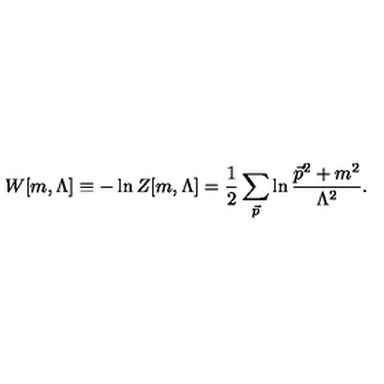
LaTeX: W [ m , \Lambda ] \equiv - \ln Z [ m , \Lambda ] = { \frac { 1 } { 2 } } \sum _ { { \vec { p } } } \ln { \frac { { { \vec { p } } } ^ { 2 } + m ^ { 2 } } { \Lambda ^ { 2 } } } .